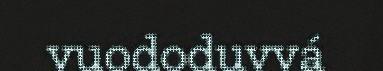
vuododuvvá